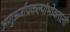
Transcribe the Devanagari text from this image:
अणुऊर्जाप्रकल्पांभोवताली